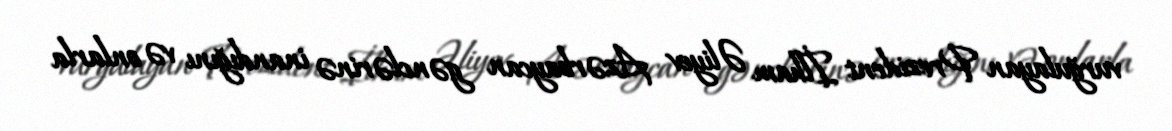
vurğulayan Prezident İlham Əliyev Azərbaycan gənclərinə inandığını və onlarla